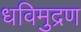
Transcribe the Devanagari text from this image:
धविमुद्रण